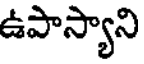
ఉపాస్యాని